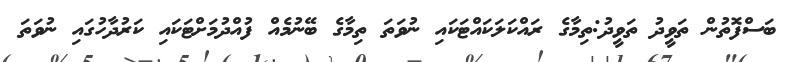
ބަސްފޮތުން ތަވީދު ތަވީދު:ތިމާގެ ރައްކަލަކައްޓަކައި ނުވަތަ ތިމާގެ ބޭނުމެއް ފުއްދުމަށްޓަކައި ކަރުދާހުގައި ނުވަތަ